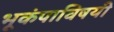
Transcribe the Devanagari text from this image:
भूकंपाविषयी